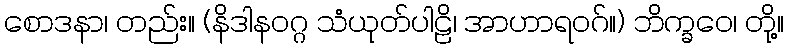
စောဒနာ၊ တည်း။ (နိဒါနဝဂ္ဂ သံယုတ်ပါဠိ၊ အာဟာရဝဂ်။) ဘိက္ခဝေ၊ တို့။